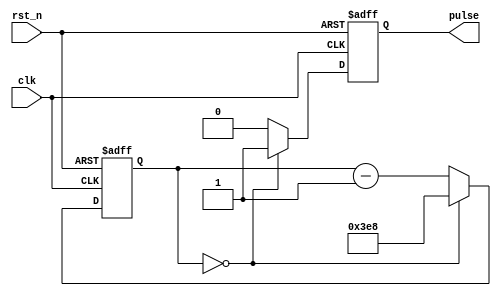
module async_pulse_generator (
    input wire clk,
    input wire rst_n,
    output reg pulse
);

reg [15:0] counter;
reg prev_clk;

always @(posedge clk or negedge rst_n) begin
    if (~rst_n) begin
        counter <= 16'b0;
        pulse <= 1'b0;
        prev_clk <= 1'b0;
    end else begin
        if (counter == 16'd0) begin
            pulse <= 1'b1;
            counter <= 16'd1000; // Adjust for desired frequency
        end else begin
            pulse <= 1'b0;
            counter <= counter - 1;
        end

        prev_clk <= clk;
    end
end

endmodule